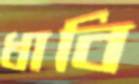
ধাবি